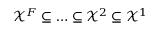
\mathcal { X } ^ { F } \subseteq \ldots \subseteq \mathcal { X } ^ { 2 } \subseteq \mathcal { X } ^ { 1 }